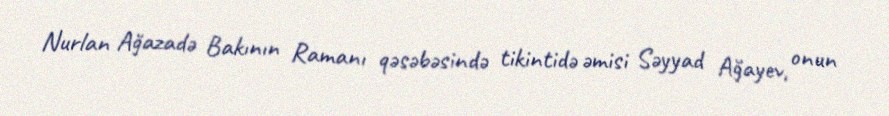
Nurlan Ağazadə Bakının Ramanı qəsəbəsində tikintidə əmisi Səyyad Ağayev, onun